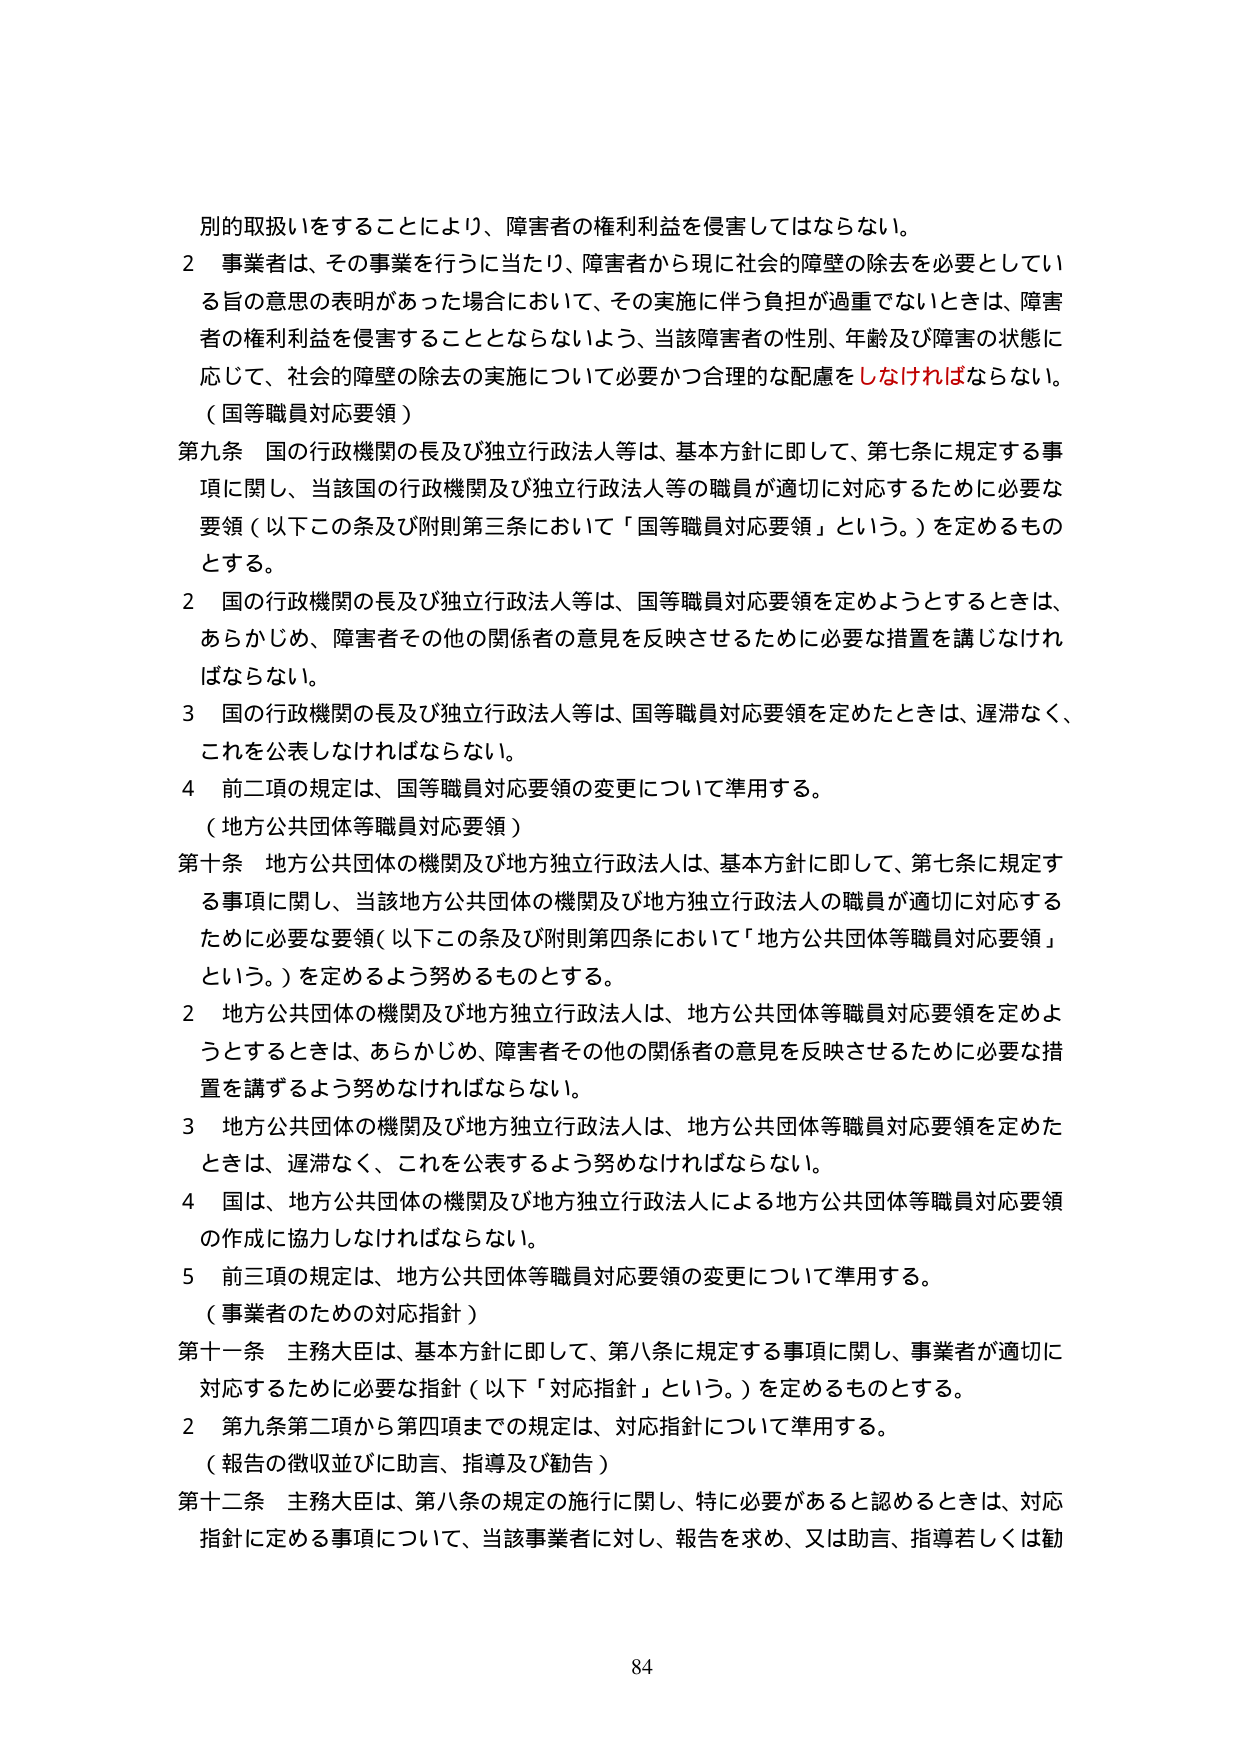
別的取扱いをすることにより、障害者の権利利益を侵害してはならない。

2 事業者は、その事業を行うに当たり、障害者から現に社会的障壁の除去を必要としている旨の意思の表明があった場合において、その実施に伴う負担が過重でないときは、障害者の権利利益を侵害することとならないよう、当該障害者の性別、年齢及び障害の状態に応じて、社会的障壁の除去の実施について必要かつ合理的な配慮をしなければならない。

（国等職員対応要領）

第九条 国の行政機関の長及び独立行政法人等は、基本方針に即して、第七条に規定する事項に関し、当該国の行政機関及び独立行政法人等の職員が適切に対応するために必要な要領（以下この条及び附則第三条において「国等職員対応要領」という。）を定めるものとする。

2 国の行政機関の長及び独立行政法人等は、国等職員対応要領を定めようとするときは、あらかじめ、障害者その他の関係者の意見を反映させるために必要な措置を講じなければならない。

3 国の行政機関の長及び独立行政法人等は、国等職員対応要領を定めたときは、遅滞なく、これを公表しなければならない。

4 前二項の規定は、国等職員対応要領の変更について準用する。

（地方公共団体等職員対応要領）

第十条 地方公共団体の機関及び地方独立行政法人は、基本方針に即して、第七条に規定する事項に関し、当該地方公共団体の機関及び地方独立行政法人の職員が適切に対応するために必要な要領（以下この条及び附則第四条において「地方公共団体等職員対応要領」という。）を定めるよう努めるものとする。

2 地方公共団体の機関及び地方独立行政法人は、地方公共団体等職員対応要領を定めようとするときは、あらかじめ、障害者その他の関係者の意見を反映させるために必要な措置を講ずるよう努めなければならない。

3 地方公共団体の機関及び地方独立行政法人は、地方公共団体等職員対応要領を定めたときは、遅滞なく、これを公表するよう努めなければならない。

4 国は、地方公共団体の機関及び地方独立行政法人による地方公共団体等職員対応要領の作成に協力しなければならない。

5 前三項の規定は、地方公共団体等職員対応要領の変更について準用する。

（事業者のための対応指針）

第十一条 主務大臣は、基本方針に即して、第八条に規定する事項に関し、事業者が適切に対応するために必要な指針（以下「対応指針」という。）を定めるものとする。

2 第九条第二項から第四項までの規定は、対応指針について準用する。

（報告の徴収並びに助言、指導及び勧告）

第十二条 主務大臣は、第八条の規定の施行に関し、特に必要があると認めるときは、対応指針に定める事項について、当該事業者に対し、報告を求め、又は助言、指導若しくは勧

84